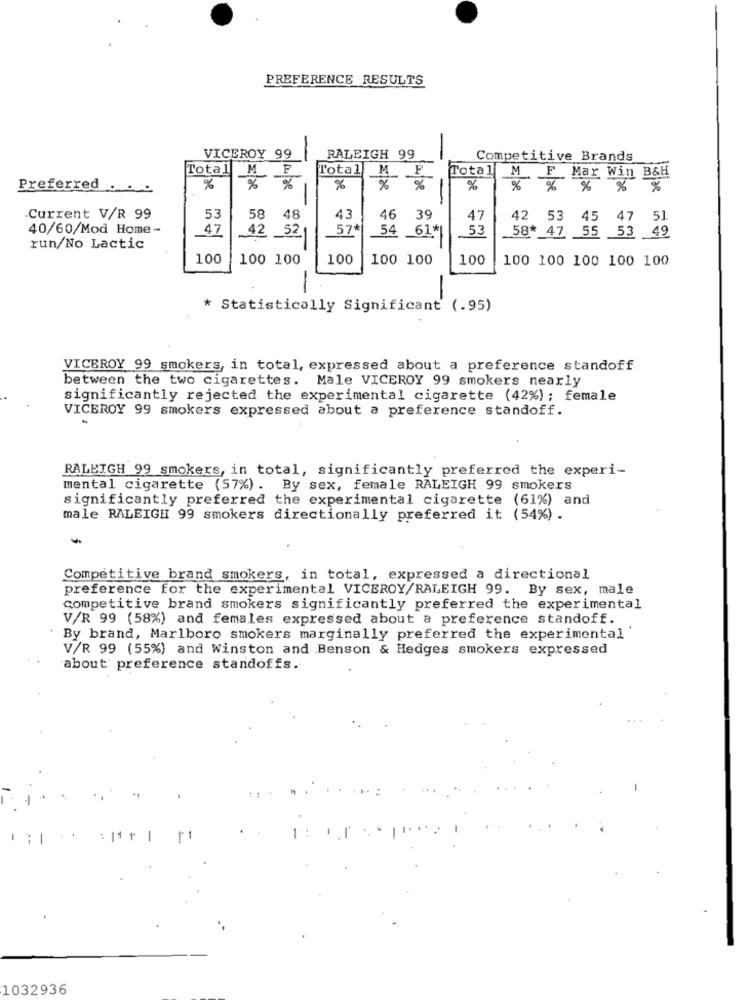
PREFERENCE RESULTS
RALEIGH 99
VICEROY 99
-
Competitive Brands
Total M
F
l'otal
M
P
Total
Mar Win B&H
Preferred . . .
%
%
%
%
%
%
%
%
% % % %
Current V/R 99
53
58
48
43
46
39
47
42 53 45 47 51
40/60/Mod Home-
47
42
57*
54
53
58* 47 55 53 49
52
61*1
run/No Lactic
100
100 100
100
100 100
100
100 100 100 100 100
-
* Statistically Significant (.95)
VICBROY 99 smokers, in total, expressed about a preference standoff
between the two cigarettes. Male VICEROY 99 smokers nearly
significantly rejected the experimental cigarette (42%); female
VICEROY 99 smokers expressed about a preference standoff.
RALEIGH 99 smokers, in total, significantly preferred the experi-
mental cigarette (57%). By sex, female RALEIGH 99 smokers
significantly preferred the experimental cigarette (61%) and
male RALEIGH 99 smokers directionally preferred it (54%).
Competitive brand smokers, in total, expressed a directional
preference for the experimental VICEROY/RALEIGH 99. By sex, male
competitive brand smokers significantly preferred the experimental
V/R 99 (58%) and females expressed about a preference standoff.
By brand, Marlboro smokers marginally preferred the experimental'
V/R 99 (55%) and Winston and Benson & Hedges smokers expressed
about preference standoffs.
-
11
1:
1032936